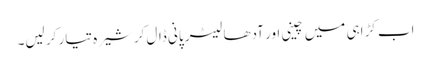
اب کڑاہی میں چینی اور آدھا لیٹر پانی ڈال کر شیرہ تیار کر لیں۔